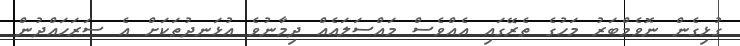
ގުޅިގެން ނޮވެމްބަރު މަހުގެ ތެރޭގައި އެއްވެސް މައްސަލައެއް ދިމާނުވެ އުޅަނދުތަކަށް އެ ސަރަހައްދުން